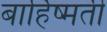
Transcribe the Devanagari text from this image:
बार्हिष्मती